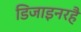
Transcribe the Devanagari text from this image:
डिजाइनरहै